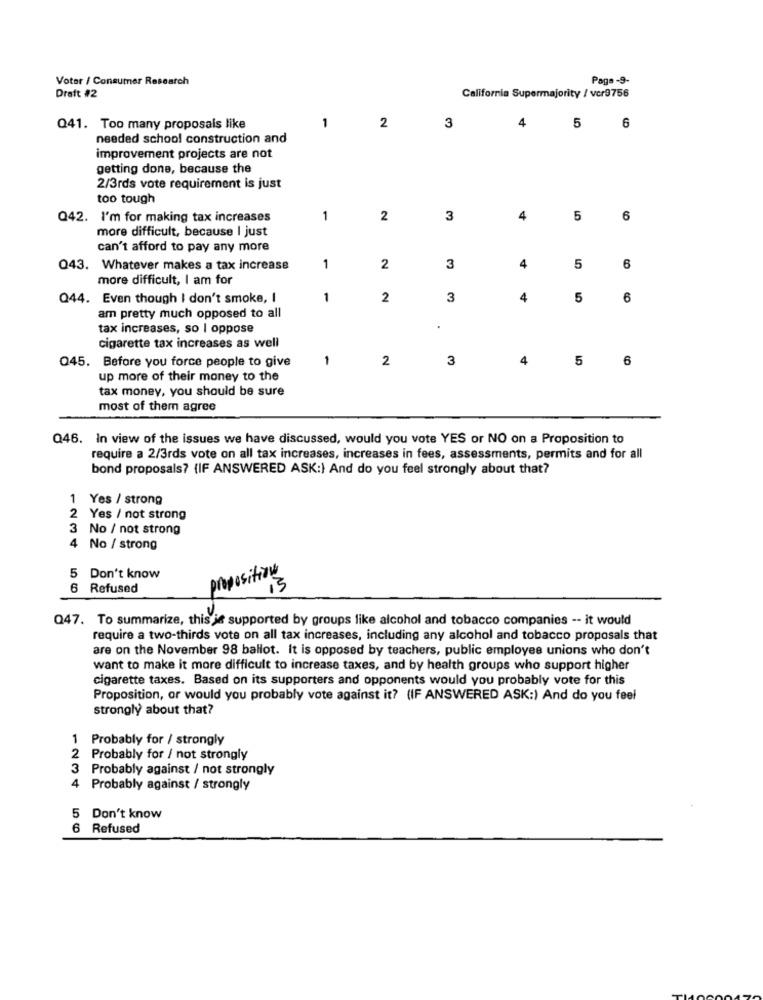
Voter / Consumer Research
Page -9-
Draft #2
California Supermajority / vcr9756
1
3
4
Q41. Too many proposals like
2
5
6
needed school construction and
improvement projects are not
getting done, because the
2/3rds vote requirement is just
too tough
Q42. I'm for making tax increases
1
2
3
4
5
6
more difficult, because I just
can't afford to pay any more
Q43. Whatever makes a tax increase
1
2
3
4
5
6
more difficult, I am for
Q44. Even though I don't smoke, I
1
2
3
4
5
6
am pretty much opposed to all
tax increases, so I oppose
cigarette tax increases as well
-
2
3
4
5
6
Q45. Before you force people to give
up more of their money to the
tax money, you should be sure
most of them agree
Q46. In view of the issues we have discussed, would you vote YES or NO on a Proposition to
require a 2/3rds vote on all tax increases, increases in fees, assessments, permits and for all
bond proposals? (IF ANSWERED ASK:) And do you feel strongly about that?
1 Yes / strong
2 Yes / not strong
3 No / not strong
4 No / strong
5 Don't know
propositions
6 Refused
13
Q47. To summarize, this je supported by groups like alcohol and tobacco companies -- it would
require a two-thirds vote on all tax increases, including any alcohol and tobacco proposals that
are on the November 98 ballot. It is opposed by teachers, public employee unions who don't
want to make it more difficult to increase taxes, and by health groups who support higher
cigarette taxes. Based on its supporters and opponents would you probably vote for this
Proposition, or would you probably vote against it? (IF ANSWERED ASK:) And do you feel
strongly about that?
1 Probably for / strongly
2 Probably for / not strongly
Probably against / not strongly
4 Probably against / strongly
Don't know
6 Refused